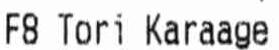
F8 TORI KARAAGE